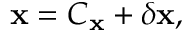
{ \bf x } = C _ { \bf x } + \delta { \bf x } ,